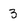
Character: 3